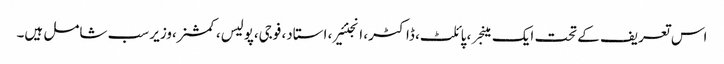
اس تعریف کے تحت ایک مینجر ، پائلٹ، ڈاکٹر، انجنئیر، استاد، فوجی،پولیس، کمشنر،وزیر سب شامل ہیں۔